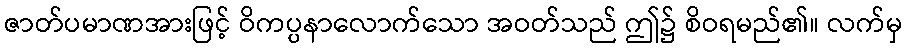
ဇာတ်ပမာဏအားဖြင့် ဝိကပ္ပနာလောက်သော အဝတ်သည် ဤ၌ စိဝရမည်၏။ လက်မှ